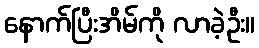
နောက်ပြီးအိမ်ကို လာခဲ့ဦး။